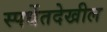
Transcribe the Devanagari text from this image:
स्पर्धेतदेखील